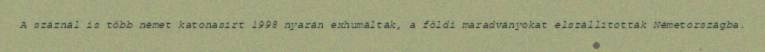
A száznál is több német katonasírt 1998 nyarán exhumálták, a földi maradványokat elszállították Németországba.